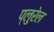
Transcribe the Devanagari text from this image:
प्लुरेल